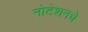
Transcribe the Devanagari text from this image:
नोटेशनचे